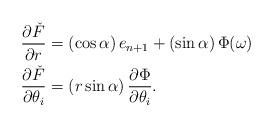
LaTeX: \begin{align*}\frac{\partial \check{F}}{\partial r} &= \left(\cos \alpha\right) e_{n+1}+ \left(\sin \alpha\right) \Phi(\omega)\\\frac{\partial \check{F}}{\partial \theta_i} &= \left(r\sin \alpha\right) \frac{\partial \Phi}{\partial \theta_i}.\end{align*}